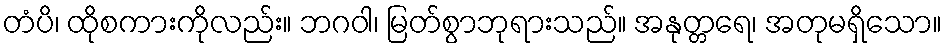
တံပိ၊ ထိုစကားကိုလည်း။ ဘဂဝါ၊ မြတ်စွာဘုရားသည်။ အနုတ္တရေ၊ အတုမရှိသော။